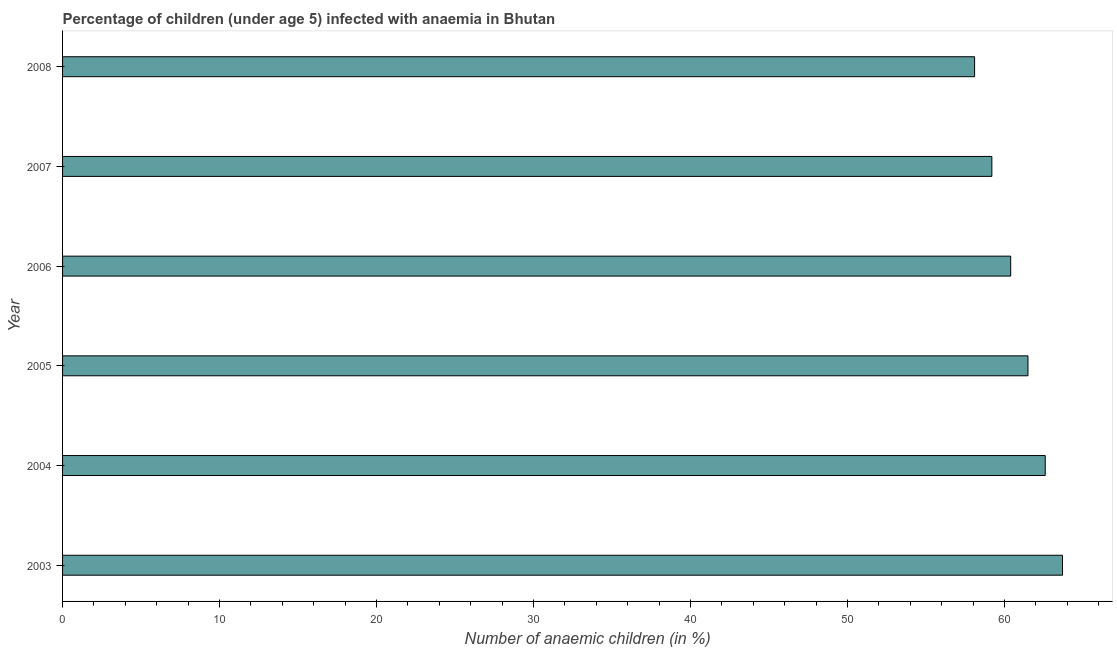
| Year | Prevalence of anemia among children |
 | --- | --- |
 | 2003 | 63.7 |
 | 2004 | 62.6 |
 | 2005 | 61.5 |
 | 2006 | 60.4 |
 | 2007 | 59.2 |
 | 2008 | 58.1 |